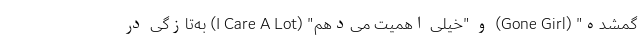
گمشده" (Gone Girl) و "خیلی اهمیت می‌دهم" (I Care A Lot) به‌تازگی در